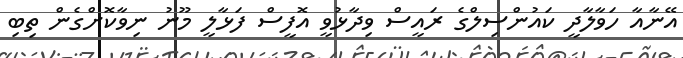
އޭނާއާ ހަވާލާދީ ކައުންސިލްގެ ރައީސް ވިދާޅުވީ އޮފީސް ފަޅާލީ މޫނު ނިވާކޮށްގެން ތިބި